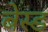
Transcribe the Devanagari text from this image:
बेस्‍ड